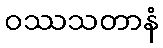
ဝဿသတာနံ